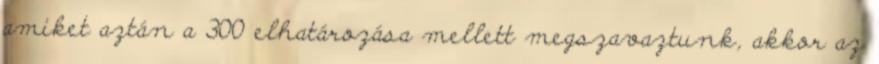
amiket aztán a 300 elhatározása mellett megszavaztunk, akkor az